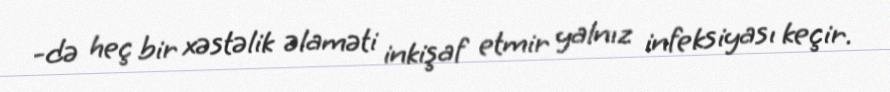
-də heç bir xəstəlik əlaməti inkişaf etmir yalnız infeksiyası keçir.